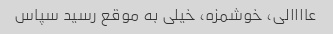
عاااالی، خوشمزه، خیلی به موقع رسید سپاس